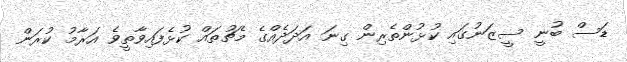
ޑަސް ބުނީ ސީޒަނުގައި ކުޅުންތެރިން ގިނަ އަދަދެއްގެ މެޗުތައް ކުޅެފައިވާތީވެ އަރާމު ކުރަން